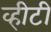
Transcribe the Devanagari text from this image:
व्हीटी